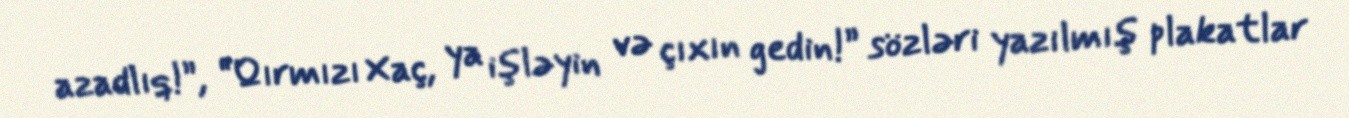
azadlıq!”, “Qırmızı Xaç, ya işləyin və çıxın gedin!” sözləri yazılmış plakatlar